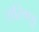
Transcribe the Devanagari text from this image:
सरिगडू